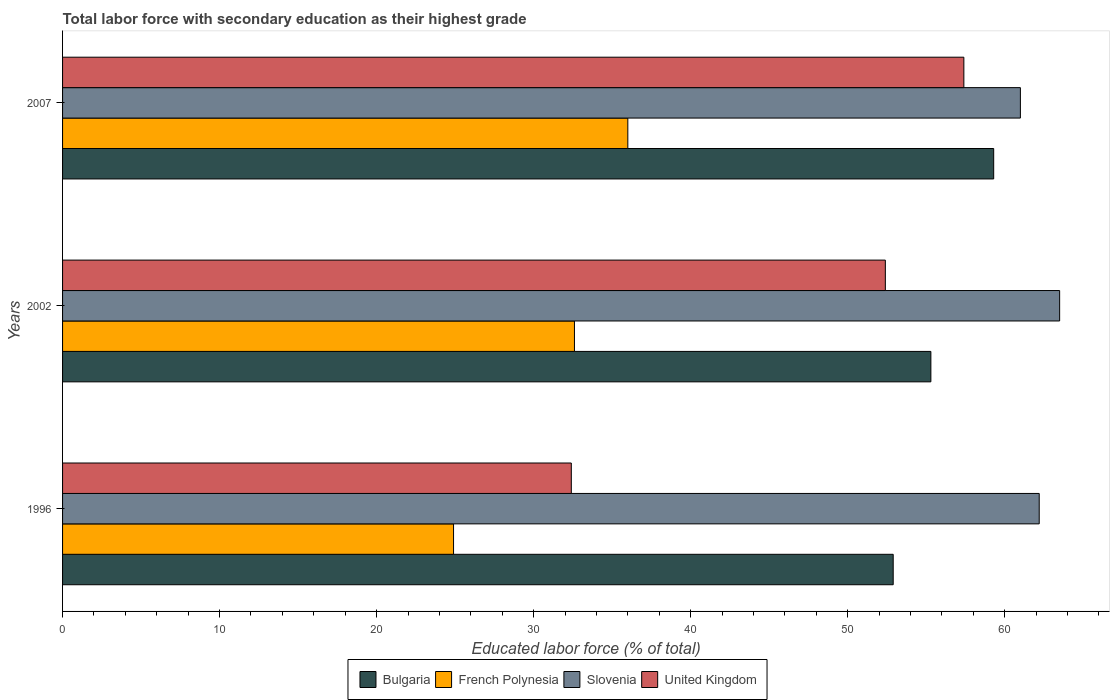
| Years | Bulgaria | French Polynesia | Slovenia | United Kingdom |
 | --- | --- | --- | --- | --- |
 | 1996 | 52.9 | 24.9 | 62.2 | 32.4 |
 | 2002 | 55.3 | 32.6 | 63.5 | 52.4 |
 | 2007 | 59.3 | 36 | 61 | 57.4 |